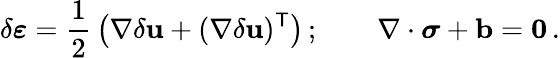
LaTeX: \delta{\boldsymbol{\varepsilon}}={\frac{1}{2}}\left(\nabla\delta\mathbf{u}+(\nabla\delta\mathbf{u})^{\mathsf{T}}\right)\, ;\qquad\nabla\cdot{\boldsymbol{\sigma}}+\mathbf{b}=\mathbf{0}\, .